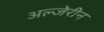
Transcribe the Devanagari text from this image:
अल्जेरीन